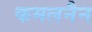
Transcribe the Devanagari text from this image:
कमलनैन